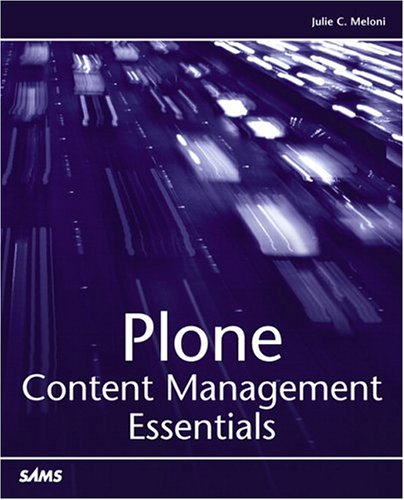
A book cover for Plone Content Management Essentials; Julie C. Meloni; Computers & Technology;